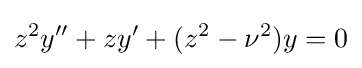
z^{2}y^{\prime \prime }+zy^{\prime }+(z^{2}-\nu ^{2})y=0